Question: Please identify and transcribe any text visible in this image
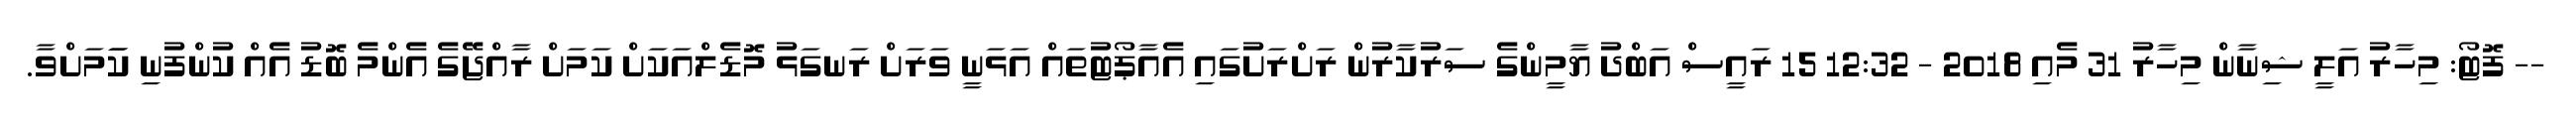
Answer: -- ފޮޓޯ: މިހާރު އަލީ ޝިނާން މިހާރު 31 މެއި 2018 - 12:32 15 ރައީސް އަބްދު ޔާމީންގެ ސަރުކާރުން ރަށްރަށުގައި އެއާޕޯޓުތައް އަޅަނީ ވަރަށް ރަނގަޅު މޮޑެލްއަކަށް ކަމަށް ރާއްޖޭގެ އެންމެ ބޮޑު އެއް ކުންފުނި ކަަމަށްވާ.